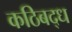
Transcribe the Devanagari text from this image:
कठिबद्ध